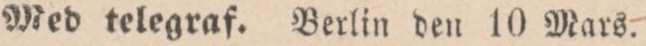
Med telegraf. Berlin den 10 Mars.